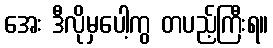
အေး ဒီလိုမှပေါ့ကွ တပည့်ကြီးရ။